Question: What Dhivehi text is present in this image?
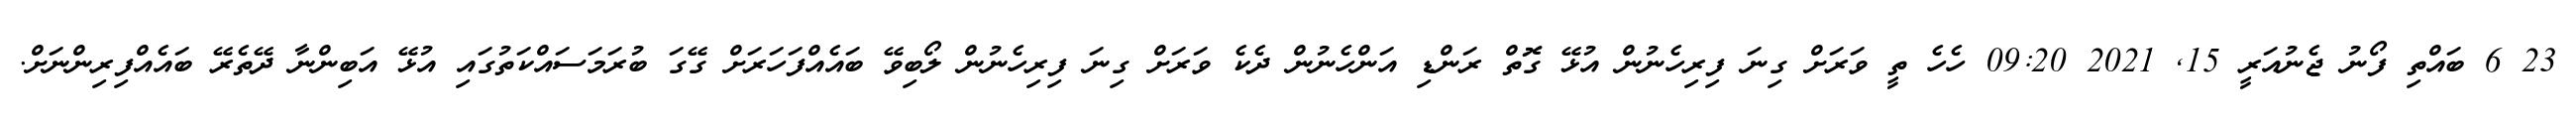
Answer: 23 6 ބައްތި ފޯނު ޖެނުއަރީ 15, 2021 09:20 ހެހެ ތީ ވަރަށް ގިނަ ފިރިހެނުން އުޅޭ ގޮތް ރަންޑި އަންހެނުން ދެކެ ވަރަށް ގިނަ ފިރިހެނުން ލޯބިވޭ ބައެއްފަހަރަށް ގޭގަ ބުރަމަސައްކަތުގައި އުޅޭ އަބިންނާ ދޭތެރޭ ބައެއްފިރިންނަށް.